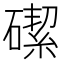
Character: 𪿶